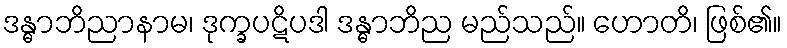
ဒန္ဓာဘိညာနာမ၊ ဒုက္ခပဋိပဒါ ဒန္ဓာဘိည မည်သည်။ ဟောတိ၊ ဖြစ်၏။